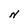
Character: N